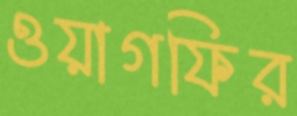
ওয়াগফির